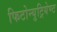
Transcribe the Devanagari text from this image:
फिटोन्युट्रियेण्ट